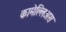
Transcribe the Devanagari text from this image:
कामेल्लिअस